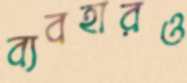
ব্যবহারও